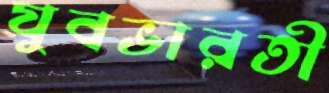
যুবভারতী